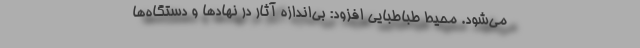
می‌شود. محیط ‌طباطبایی افزود: بی‌اندازه آثار در نهادها و دستگاه‌ها